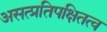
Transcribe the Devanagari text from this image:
असत्प्रतिपक्षितत्व